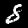
Label: 8